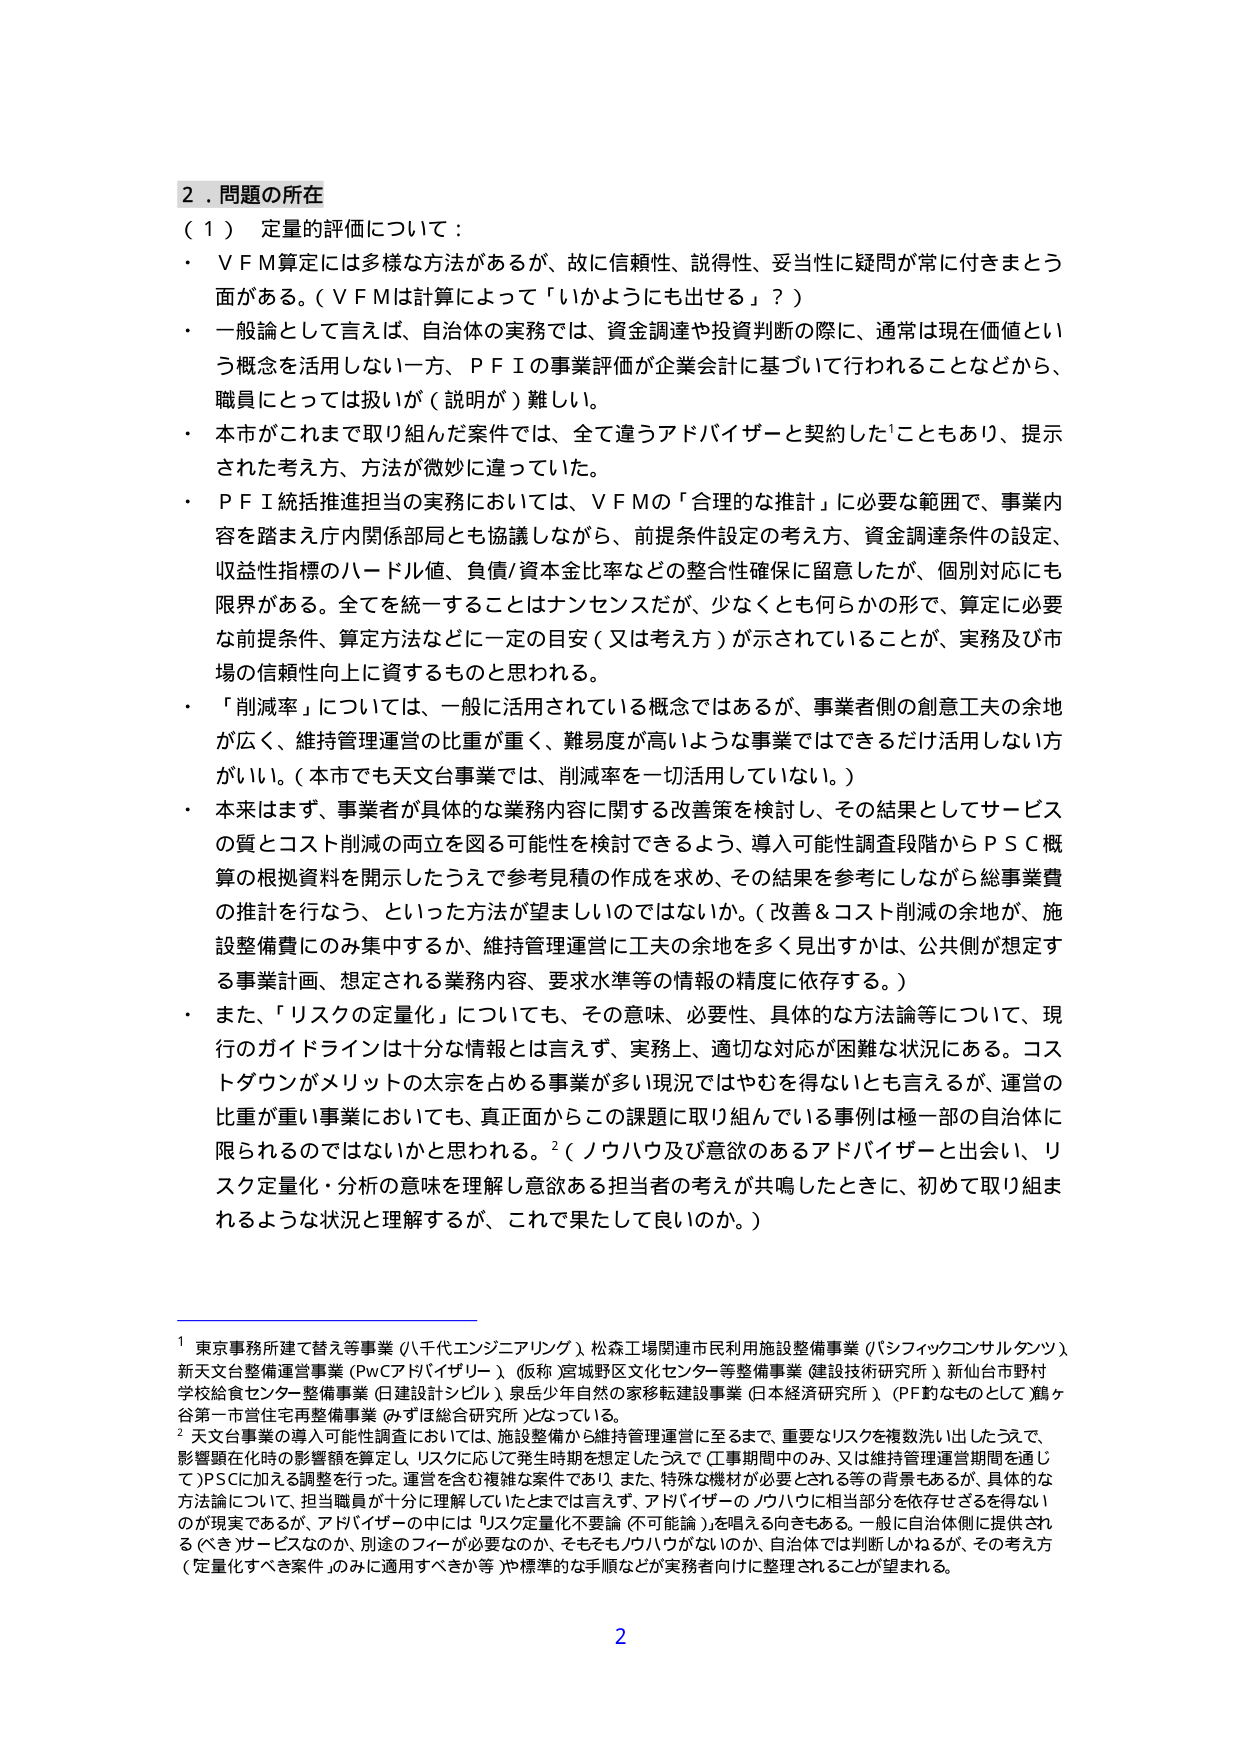
2．問題の所在
（1） 定量的評価について：
・ V F M算定には多様な方法があるが、故に信頼性、説得性、妥当性に疑問が常に付きまとう面がある。（V F Mは計算によって「いかようにも出せる」？）
・ 一般論として言えば、自治体の実務では、資金調達や投資判断の際に、通常は現在価値という概念を活用しない一方、P F Iの事業評価が企業会計に基づいて行われることなどから、職員にとっては扱いが（説明が）難しい。
・ 本市がこれまで取り組んだ案件では、全て違うアドバイザーと契約したこともあり、提示された考え方、方法が微妙に違っていた。
・ P F I統括推進担当の実務においては、V F Mの「合理的な推計」に必要な範囲で、事業内容を踏まえ庁内関係部局とも協議しながら、前提条件設定の考え方、資金調達条件の設定、収益性指標のハードル値、負債/資本金比率などの整合性確保に留意したが、個別対応にも限界がある。全てを統一することはナンセンスだが、少なくとも何らかの形で、算定に必要な前提条件、算定方法などに一定の目安（又は考え方）が示されていることが、実務及び市場の信頼性向上に資するものと思われる。
・ 「削減率」については、一般に活用されている概念ではあるが、事業者側の創意工夫の余地が広く、維持管理運営の比重が重く、難易度が高いような事業ではできるだけ活用しない方がいい。（本市でも天文台事業では、削減率を一切活用していない。）
・ 本来はまず、事業者が具体的な業務内容に関する改善策を検討し、その結果としてサービスの質とコスト削減の両立を図る可能性を検討できるよう、導入可能性調査段階からP S C概算の根拠資料を開示したうえで参考見積の作成を求め、その結果を参考にしながら総事業費の推計を行なう、といった方法が望ましいのではないか。（改善＆コスト削減の余地が、施設整備費にのみ集中するか、維持管理運営に工夫の余地を多く見出すかは、公共側が想定する事業計画、想定される業務内容、要求水準等の情報の精度に依存する。）
・ また、「リスクの定量化」についても、その意味、必要性、具体的な方法論等について、現行のガイドラインは十分な情報とは言えず、実務上、適切な対応が困難な状況にある。コストダウンがメリットの太を占める事業が多い現況ではやむを得ないとも言えるが、運営の比重が重い事業においても、真正面からこの課題に取り組んでいる事例は極一部の自治体に限られるのではないかと思われる。²（ノウハウ及び意欲のあるアドバイザーと出会い、リスク定量化・分析の意味を理解し意欲ある担当者の考えが共鳴したときに、初めて取り組まれるような状況と理解するが、これで果たして良いのか。）

¹ 東京事務所建て替え等事業（八千代エンジニアリング）、松森工場関連市民利用施設整備事業（パシフィックコンサルタンツ）、新天文台整備運営事業（PwCアドバイザリー）（仮称 宮城野区文化センター等整備事業 建設技術研究所）、新仙台市野村学校給食センター整備事業（日建設計シビル）、泉岳少年自然の家移転建設事業（日本経済研究所）（PF的ものとして 鶴ヶ谷第一市営住宅再整備事業（みずほ総合研究所）となっている。
² 天文台事業の導入可能性調査においては、施設整備から維持管理運営に至るまで、重要なリスクを複数洗い出したうえで、影響額在化時の影響額を算定し、リスクに応じて発生時期を想定したうえで（工事期間中のみ、又は維持管理運営期間を通じて）PSCに加える調整を行った。運営を含む複雑な案件であり、また、特殊な機材が必要とされる等の背景もあるが、具体的な方法論について、担当職員が十分に理解していたまでは言えず、アドバイザーのノウハウに相当部分を依存せざるを得ないのが現実であるが、アドバイザーの中には「リスク定量化不要論（不可能論）」を唱える向きもある。一般に自治体側に提供される（べき）サービスなのか、別途のフィーが必要なのか、そもそもノウハウがないのか、自治体では判断しがねるが、その考え方（定量化すべき案件」のみに適用すべきか等）や標準的な手順などが実務者向けに整理されることが望まれる。

2